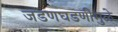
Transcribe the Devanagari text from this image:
जडणघडणीमुळे